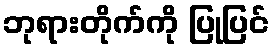
ဘုရားတိုက်ကို ပြုပြင်